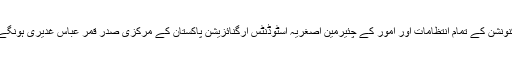
کنونشن کے تمام انتظامات اور امور کے چئیرمین اصغریہ اسٹوڈنٹس آرگنائزیشن پاکستان کے مرکزی صدر قمر عباس غدیری ہونگے۔